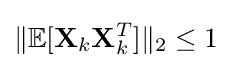
\Vert \mathbb {E} [\mathbf {X} _{k}\mathbf {X} _{k}^{T}]\Vert _{2}\leq 1